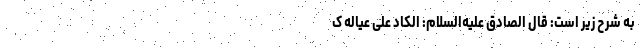
به شرح زیر است: قال الصّادقُ علیه‌السلام: الکادُّ عَلی عَیالِهِ ک